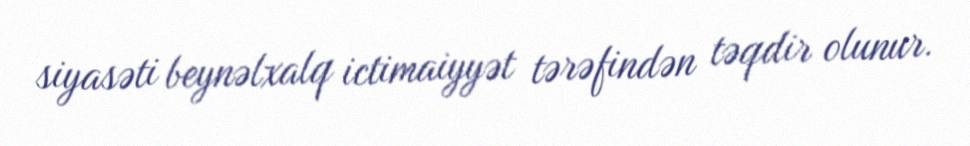
siyasəti beynəlxalq ictimaiyyət tərəfindən təqdir olunur.